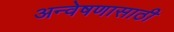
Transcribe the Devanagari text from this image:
अन्वेषणासाठी